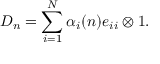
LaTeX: D _ { n } = \sum _ { i = 1 } ^ { N } \alpha _ { i } ( n ) e _ { i i } \otimes 1 .